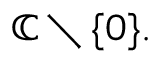
\mathbb { C } \setminus \{ 0 \} .